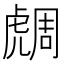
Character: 𧇟